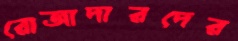
রোজাদারদের